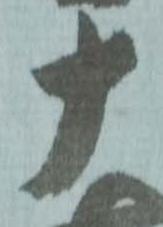
十